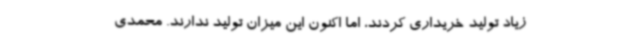
زیاد تولید خریداری کردند، اما اکنون این میزان تولید ندارند. محمدی